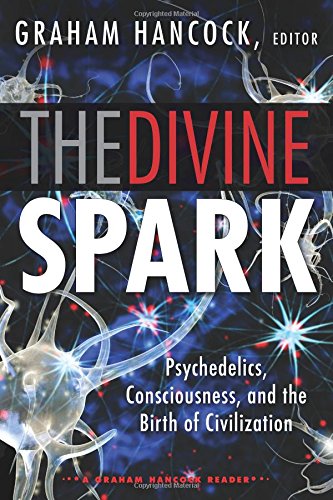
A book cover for The Divine Spark: A Graham Hancock Reader: Psychedelics, Consciousness, and the Birth of Civilization; Religion & Spirituality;